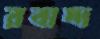
রবাদ্দ